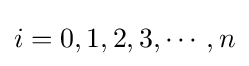
i=0,1,2,3,\cdots ,n